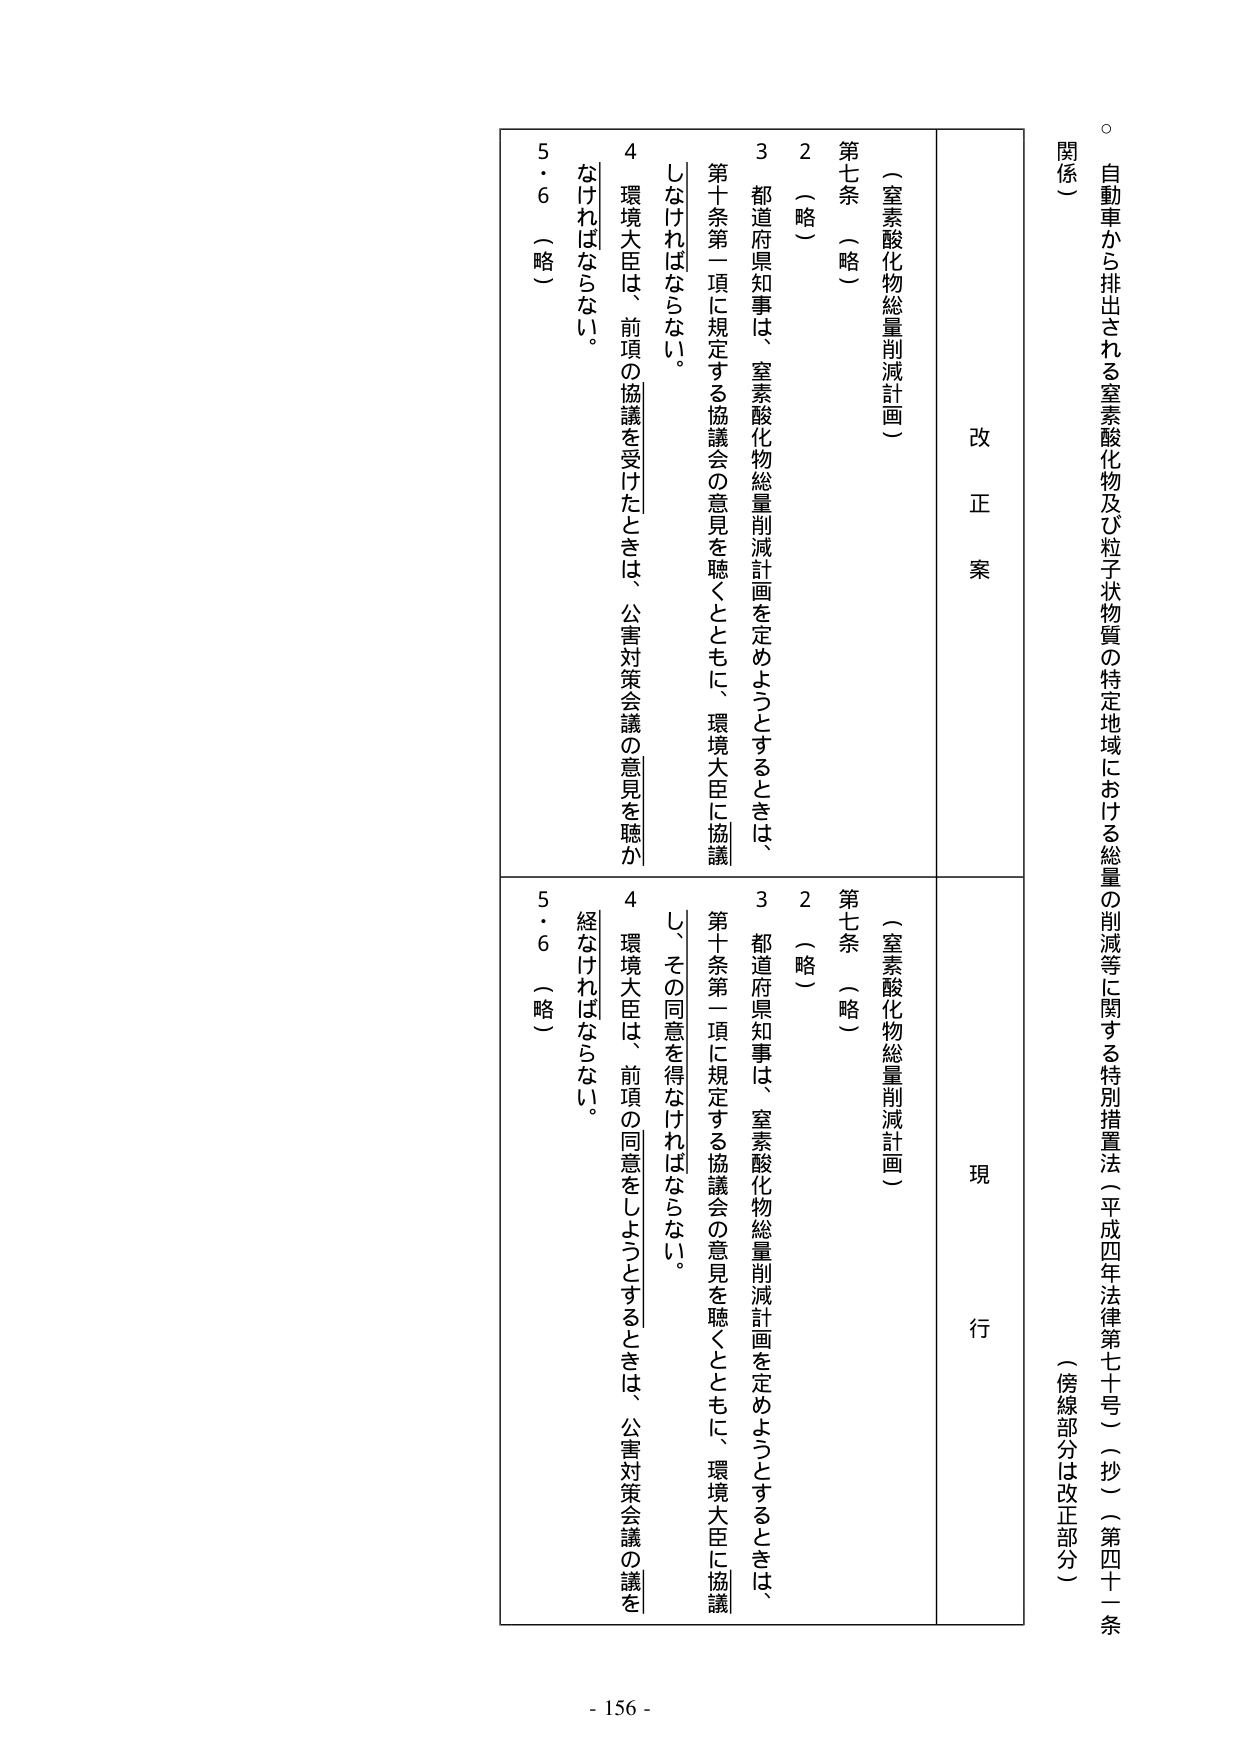
自動車から排出される窒素酸化物及び粒子状物質の特定地域における総量の削減等に関する特別措置法（平成四年法律第七十号）（抄）（第四十一条関係）

（傍線部分は改正部分）

改 正 案

（窒素酸化物総量削減計画）

第七条 （略）

２ （略）

３ 都道府県知事は、窒素酸化物総量削減計画を定めるようとするときは、第十条第一項に規定する協議会の意見を聴くとともに、環境大臣に協議しなければならない。

４ 環境大臣は、前項の協議を受けたときは、公害対策会議の意見を聴かなければならない。

５・６ （略）

現 行

（窒素酸化物総量削減計画）

第七条 （略）

２ （略）

３ 都道府県知事は、窒素酸化物総量削減計画を定めるようとするときは、第十条第一項に規定する協議会の意見を聴くとともに、環境大臣に協議し、その同意を得なければならない。

４ 環境大臣は、前項の同意をしようとするときは、公害対策会議の議を経なければならない。

５・６ （略）

- 156 -